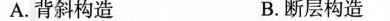
A.背斜构造 B.断层构造